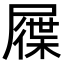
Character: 屧